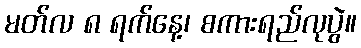
မတ်လ ၈ ရက်နေ့၊ စကားရည်လုပွဲ။